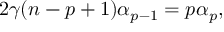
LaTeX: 2 \gamma ( n - p + 1 ) \alpha _ { p - 1 } = p \alpha _ { p } ,